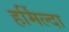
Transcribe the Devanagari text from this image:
हर्मिल्दा